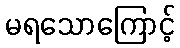
မရသောကြောင့်